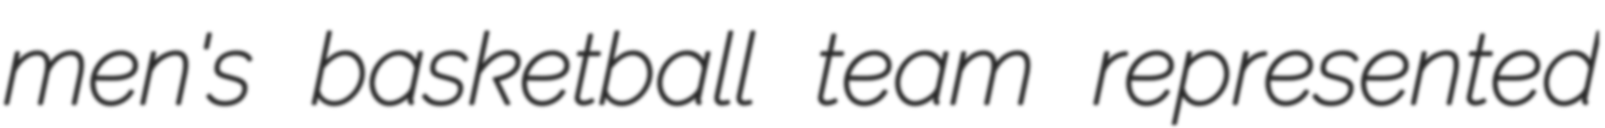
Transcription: men's basketball team represented